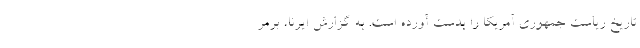
تاریخ ریاست جمهوری آمریکا را بدست آورده است. به گزارش ایرنا، برمر